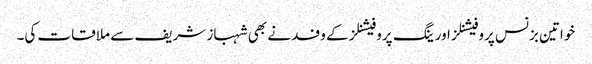
خواتین بزنس پروفیشنلز اور ینگ پروفیشنلز کے وفد نے بھی شہباز شریف سے ملاقات کی۔